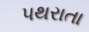
પથરાતા